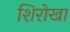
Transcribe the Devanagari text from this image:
शिरोखा